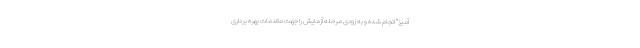
آمیز" انجام شده و به زودی مرحله آزمایش را جهت مقدمات بهره برداری